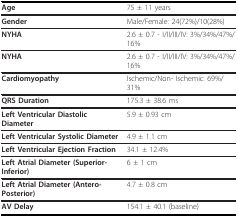
<table><thead><tr><td><b>Age</b></td><td><b>75 ± 11 years</b></td></tr></thead><tbody><tr><td><b>Gender</b></td><td>Male/Female: 24(72%)/10(28%)</td></tr><tr><td><b>NYHA</b></td><td>2.6 ± 0.7 - I/II/III/IV: 3%/34%/47%/16%</td></tr><tr><td><b>NYHA</b></td><td>2.6 ± 0.7 - I/II/III/IV: 3%/34%/47%/16%</td></tr><tr><td><b>Cardiomyopathy</b></td><td>Ischemic/Non- Ischemic: 69%/31%</td></tr><tr><td><b>QRS Duration</b></td><td>175.3 ± 38.6 ms</td></tr><tr><td><b>Left Ventricular Diastolic Diameter</b></td><td>5.9 ± 0.93 cm</td></tr><tr><td><b>Left Ventricular Systolic Diameter</b></td><td>4.9 ± 1.1 cm</td></tr><tr><td><b>Left Ventricular Ejection Fraction</b></td><td>34.1 ± 12.4%</td></tr><tr><td><b>Left Atrial Diameter (Superior-Inferior)</b></td><td>6 ± 1 cm</td></tr><tr><td><b>Left Atrial Diameter (Antero-Posterior)</b></td><td>4.7 ± 0.8 cm</td></tr><tr><td><b>AV Delay</b></td><td>154.1 ± 40.1 (baseline)</td></tr></tbody></table>